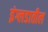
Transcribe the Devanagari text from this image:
इंग्लडातील